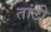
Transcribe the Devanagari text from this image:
तांटी